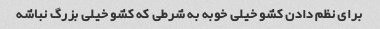
برای نظم دادن کشو خیلی خوبه به شرطی که کشو خیلی بزرگ نباشه